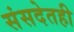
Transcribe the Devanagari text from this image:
संसदेतही